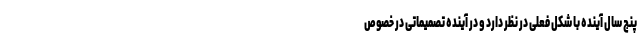
پنج سال آینده با شکل فعلی در نظر دارد و در آینده تصمیماتی در خصوص